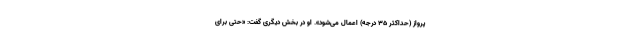
پرواز (حداکثر ۳۵ درجه) اعمال می‌شود». او در بخش دیگری گفت: «حتی برای